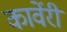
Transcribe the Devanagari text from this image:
कार्वेरी